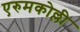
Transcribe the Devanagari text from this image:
एरुमकोल्ली